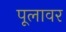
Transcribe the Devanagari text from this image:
पूलावर